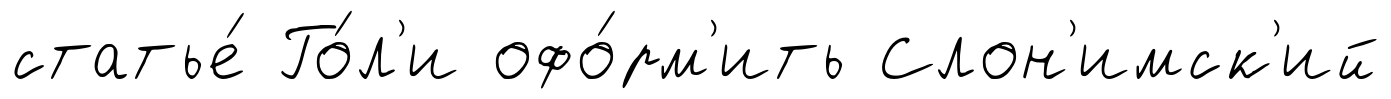
статье́ Го́л'и офо́рм'ить Слон'имск'ий